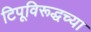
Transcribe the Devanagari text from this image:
टिपूविरूद्धच्या